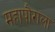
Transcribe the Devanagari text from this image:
महापौराला